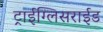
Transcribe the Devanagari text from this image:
ट्राईग्लिसराईड